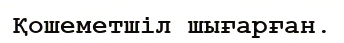
Қошеметшіл шығарған.